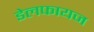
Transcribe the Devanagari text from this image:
डेलफायज